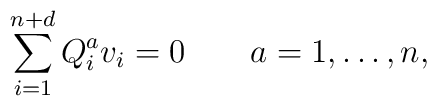
\sum_{i=1}^{n+d} Q_i^a v_i =0 \qquad a=1, \ldots, n,